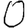
Digit: 0